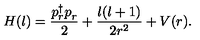
H ( l ) = { \frac { p _ { r } ^ { \dagger } p _ { r } ^ { } } { 2 } } + { \frac { l ( l + 1 ) } { 2 r ^ { 2 } } } + V ( r ) .